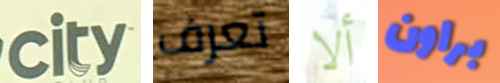
city تعرف ألا براون